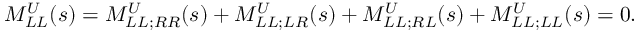
M _ { L L } ^ { U } ( s ) = M _ { L L ; R R } ^ { U } ( s ) + M _ { L L ; L R } ^ { U } ( s ) + M _ { L L ; R L } ^ { U } ( s ) + M _ { L L ; L L } ^ { U } ( s ) = 0 .